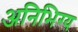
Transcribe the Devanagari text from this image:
अनिभिग्य